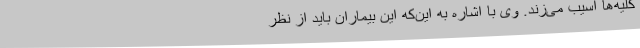
کلیه‌ها آسیب می‌زند. وی با اشاره به این‌که این بیماران باید از نظر